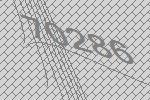
70286